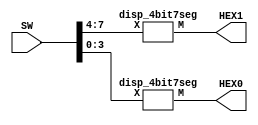
module part1(SW, HEX1, HEX0);

    input [7:0] SW;
    output [6:0] HEX1, HEX0;

    disp_4bit7seg U0 (SW[7:4], HEX1);
    disp_4bit7seg U1 (SW[3:0], HEX0);

endmodule // Display two values set by SW[7:4] and SW[3:0] to HEX1 and HEX0, respectively.


module disp_4bit7seg(X, M);

    input [3:0] X;
    output [6:0] M;

    assign M[0] = (~X[3]&~X[2]&~X[1]&X[0]) | (X[2]&~X[1]&~X[0]);
    assign M[1] = (X[2]&~X[1]&X[0]) | (X[2]&X[1]&~X[0]);
    assign M[2] = ~X[3]&~X[2]&X[1]&~X[0];
    assign M[3] = (X[2]&~X[1]&~X[0]) | (~X[3]&~X[2]&~X[1]&X[0]) | (X[2]&X[1]&X[0]);
    assign M[4] = X[0] | (X[2]&~X[1]&~X[0]);
    assign M[5] = (~X[2]&X[1]) | (X[2]&X[1]&X[0]) | (~X[3]&~X[2]&~X[1]&X[0]);
    assign M[6] = (~X[3]&~X[2]&~X[1]) | (X[2]&X[1]&X[0]);

endmodule // Given a 4 bit input, display the corresponding value on a 7-segment display.